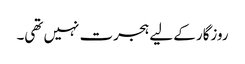
روزگار کے لیے ہجرت نہیں تھی۔